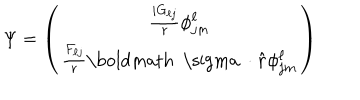
LaTeX: \Psi = \left( \begin{matrix} { { { \frac { i G _ { \ell j } } { r } } \phi _ { j m } ^ { \ell } } } \\ { { { \frac { F _ { \ell j } } { r } } { { \mathrm { \boldmath ~ \ s i g m a ~ } } \cdot { \bf { \hat { r } } } } \phi _ { j m } ^ { \ell } } } \\ \end{matrix} \right)